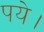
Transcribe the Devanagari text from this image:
पये।